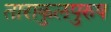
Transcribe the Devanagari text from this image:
ताराकुलपुरुष